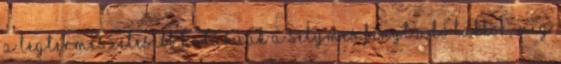
A legtermészetesebb hatásúak a selymes fényt adó lakkok, míg